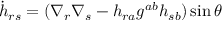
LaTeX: { \dot { h } } _ { r s } = ( \nabla _ { r } \nabla _ { s } - h _ { r a } g ^ { a b } h _ { s b } ) \sin \theta